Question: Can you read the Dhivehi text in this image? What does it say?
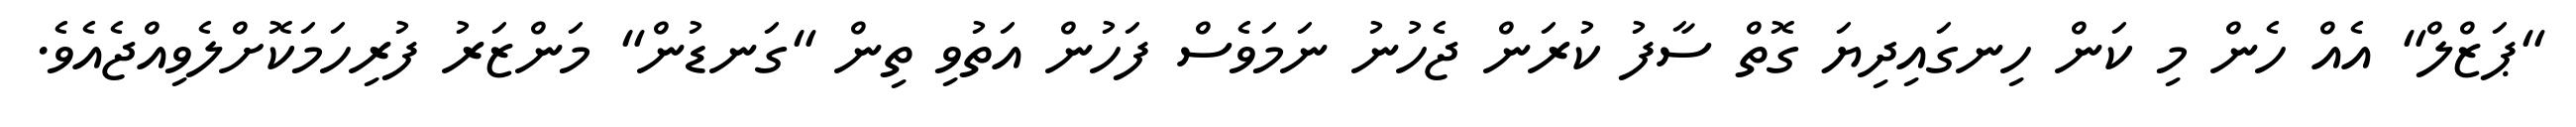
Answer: "ޕަޒްލް" އެއް ހެން މި ކަން ހިނގައިދިޔަ ގޮތް ސާފު ކުރަން ޖެހުނު ނަމަވެސް ފަހުން އަތުވި ތިން "ގަނޑުން" މަންޒަރު ފުރިހަމަކޮށްލެވިއްޖެއެވެ.